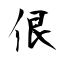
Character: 佷